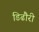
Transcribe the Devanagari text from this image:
डिढौरी